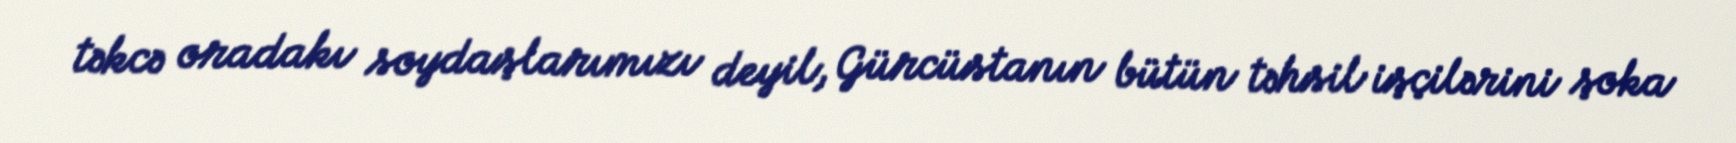
təkcə oradakı soydaşlarımızı deyil, Gürcüstanın bütün təhsil işçilərini şoka